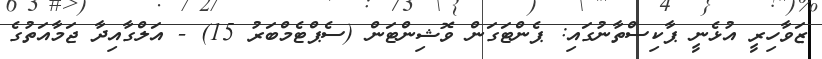
ޒަވާހިރީ އުޅެނީ ޕާކިސްތާނުގައި: ޕެންޓަގަން ވޮޝިންޓަން (ސެޕްޓެމްބަރު 15) - އަލްގާއިދާ ޖަމާއަތުގެ